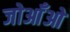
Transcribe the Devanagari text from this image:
जोआँओ